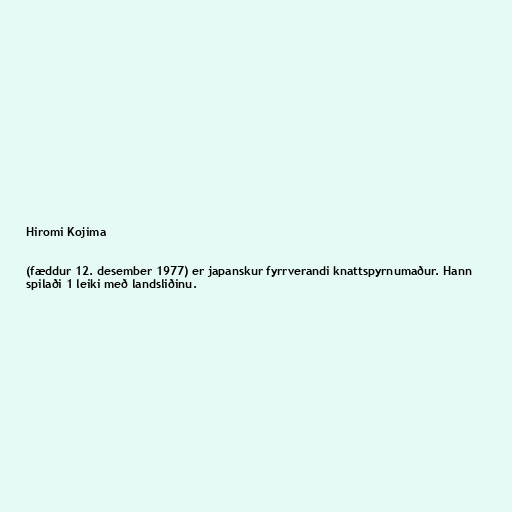
Hiromi Kojima

(fæddur 12. desember 1977) er japanskur fyrrverandi knattspyrnumaður. Hann
spilaði 1 leiki með landsliðinu.